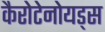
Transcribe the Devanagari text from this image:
कैरोटेनोयड्स